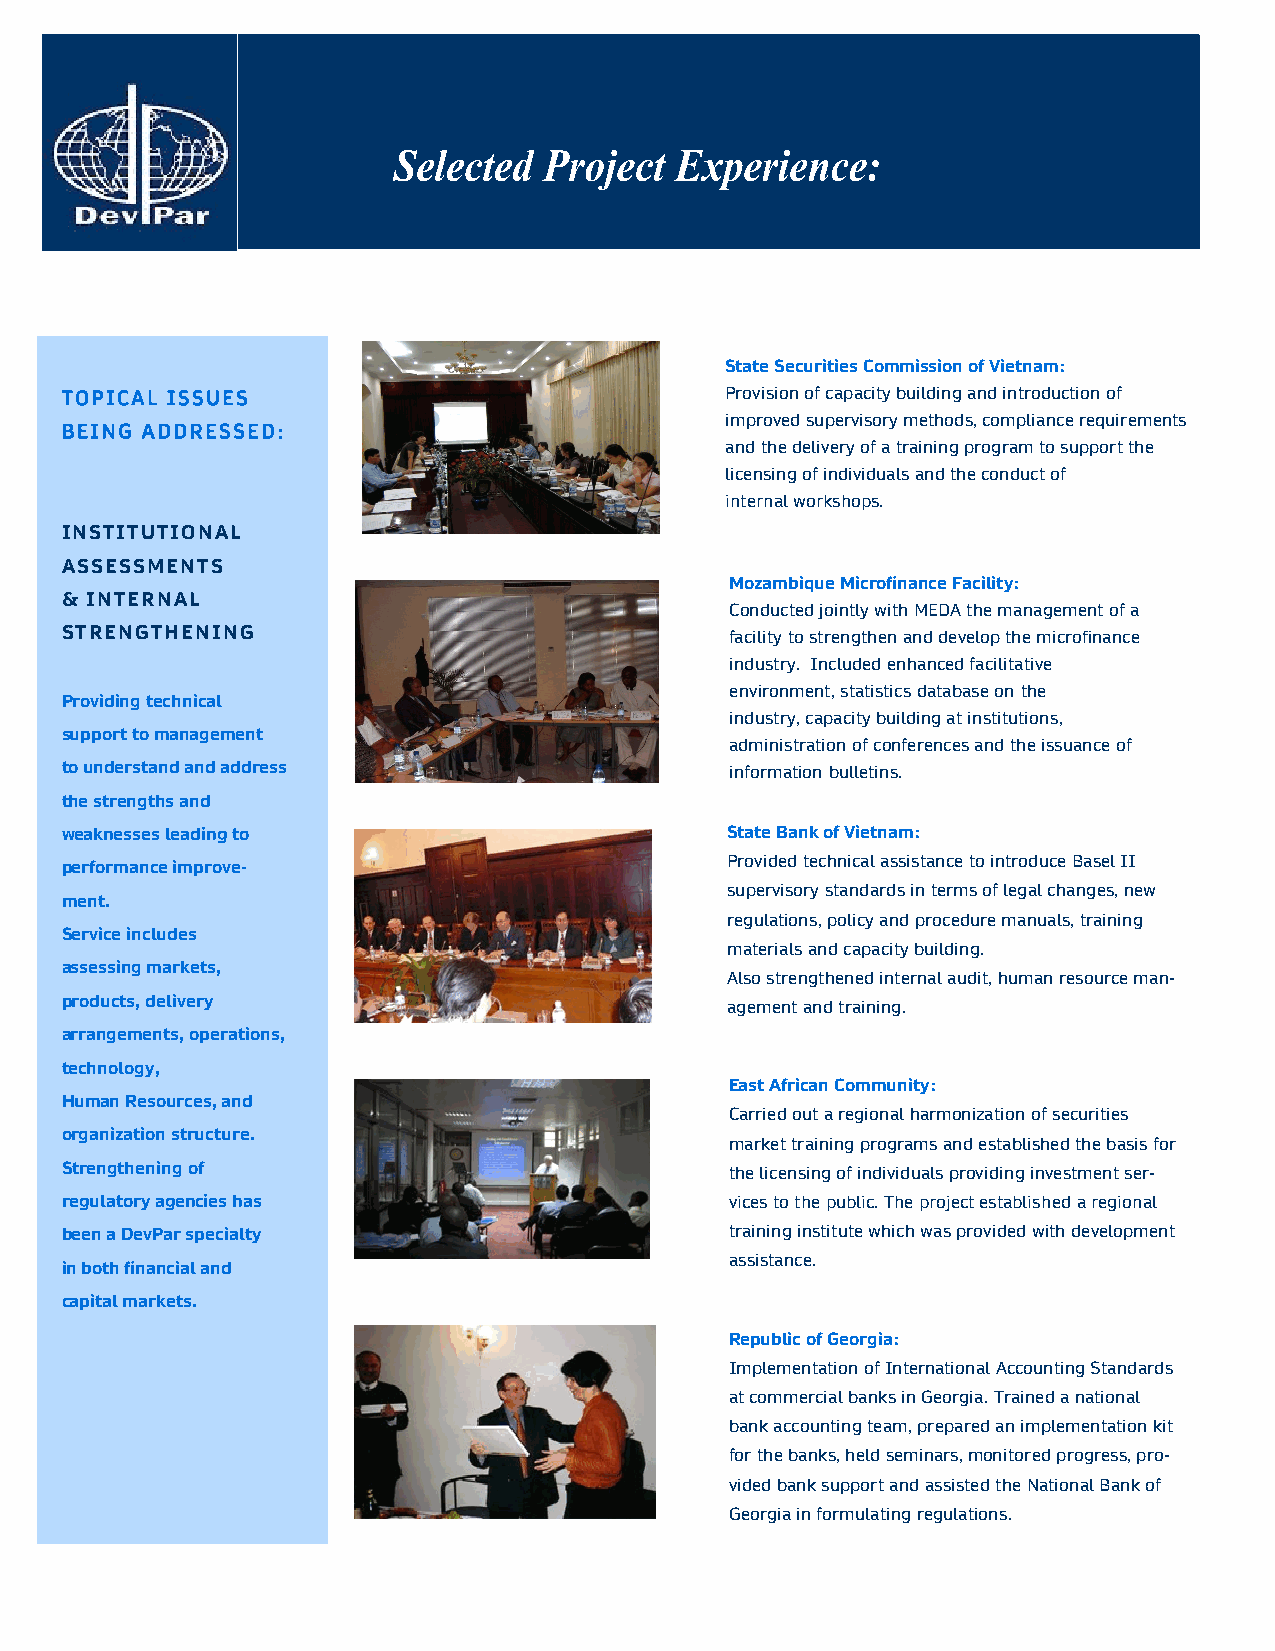
State Securities Commission of Vietnam:
 Provision of capacity building and introduction of
 improved supervisory methods, compliance requirements
 and the delivery of a training program to support the
 licensing of individuals and the conduct of
 internal workshops.
 INSTITUTIONAL
 ASSESSMENTS
 Mozambique Microfinance Facility:
 & INTERNAL
 Conducted jointly with MEDA the management of a
 STRENGTHENING                               facility to strengthen and develop the microfinance
 industry. Included enhanced facilitative
 environment, statistics database on the
 Providing technical
 industry, capacity building at institutions,
 support to management
 administration of conferences and the issuance of
 to understand and address                   information bulletins.
 the strengths and
 weaknesses leading to                       State Bank of Vietnam:
 performance improve-                        Provided technical assistance to introduce Basel II
 supervisory standards in terms of legal changes, new
 ment.
 regulations, policy and procedure manuals, training
 Service includes
 materials and capacity building.
 assessing markets,
 Also strengthened internal audit, human resource man-
 products, delivery
 agement and training.
 arrangements, operations,
 technology,
 East African Community:
 Human Resources, and
 Carried out a regional harmonization of securities
 organization structure.
 market training programs and established the basis for
 Strengthening of                            the licensing of individuals providing investment ser-
 regulatory agencies has                     vices to the public. The project established a regional
 been a DevPar specialty                     training institute which was provided with development
 assistance.
 in both financial and
 capital markets.
 Republic of Georgia:
 Implementation of International Accounting Standards
 at commercial banks in Georgia. Trained a national
 bank accounting team, prepared an implementation kit
 for the banks, held seminars, monitored progress, pro-
 vided bank support and assisted the National Bank of
 Georgia in formulating regulations.